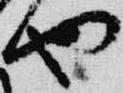
也